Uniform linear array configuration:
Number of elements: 48
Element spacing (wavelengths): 0.25
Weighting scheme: blackman
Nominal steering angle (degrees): -60
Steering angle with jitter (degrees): -60.501
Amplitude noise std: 0.05
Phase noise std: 0.05

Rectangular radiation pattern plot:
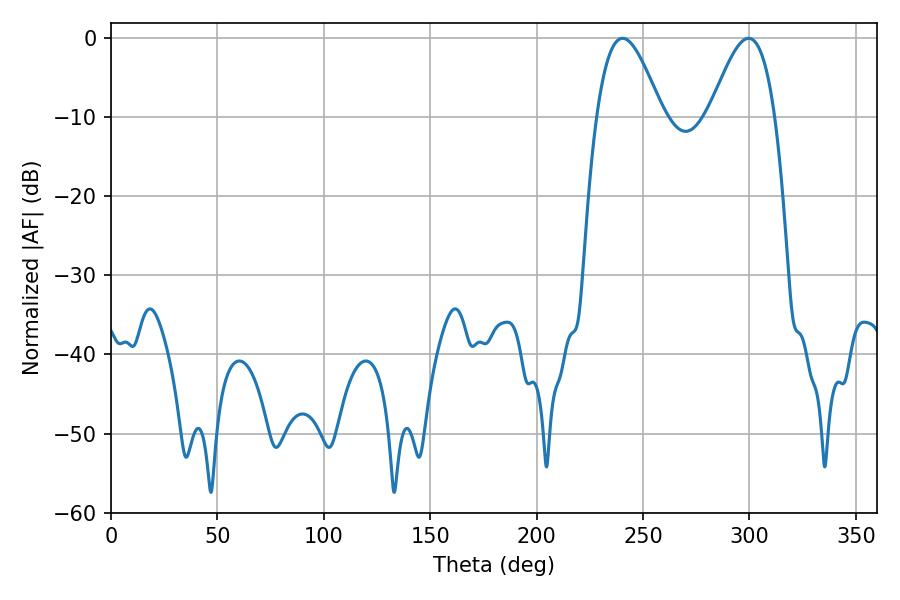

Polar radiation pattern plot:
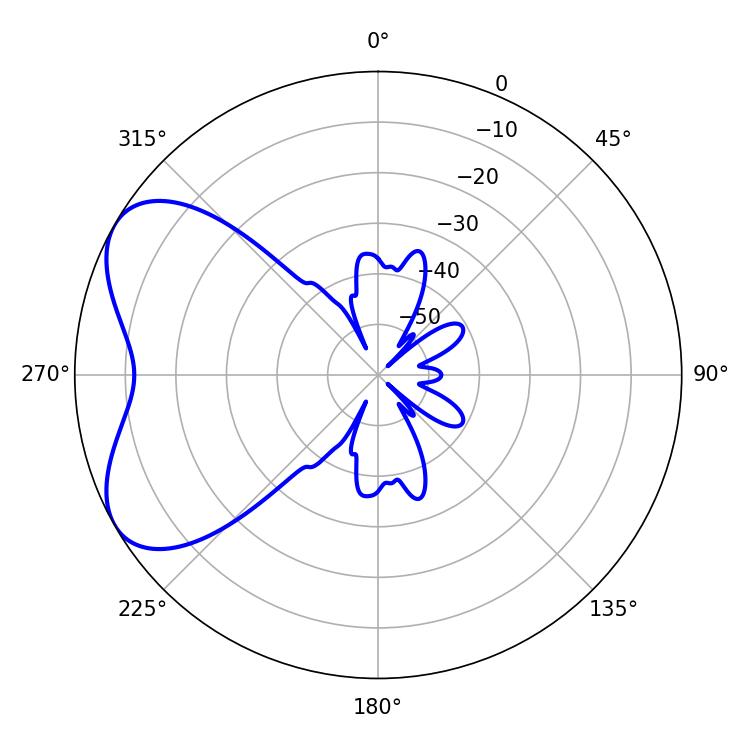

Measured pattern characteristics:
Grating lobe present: FALSE
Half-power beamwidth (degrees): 16.56
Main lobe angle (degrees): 240.3